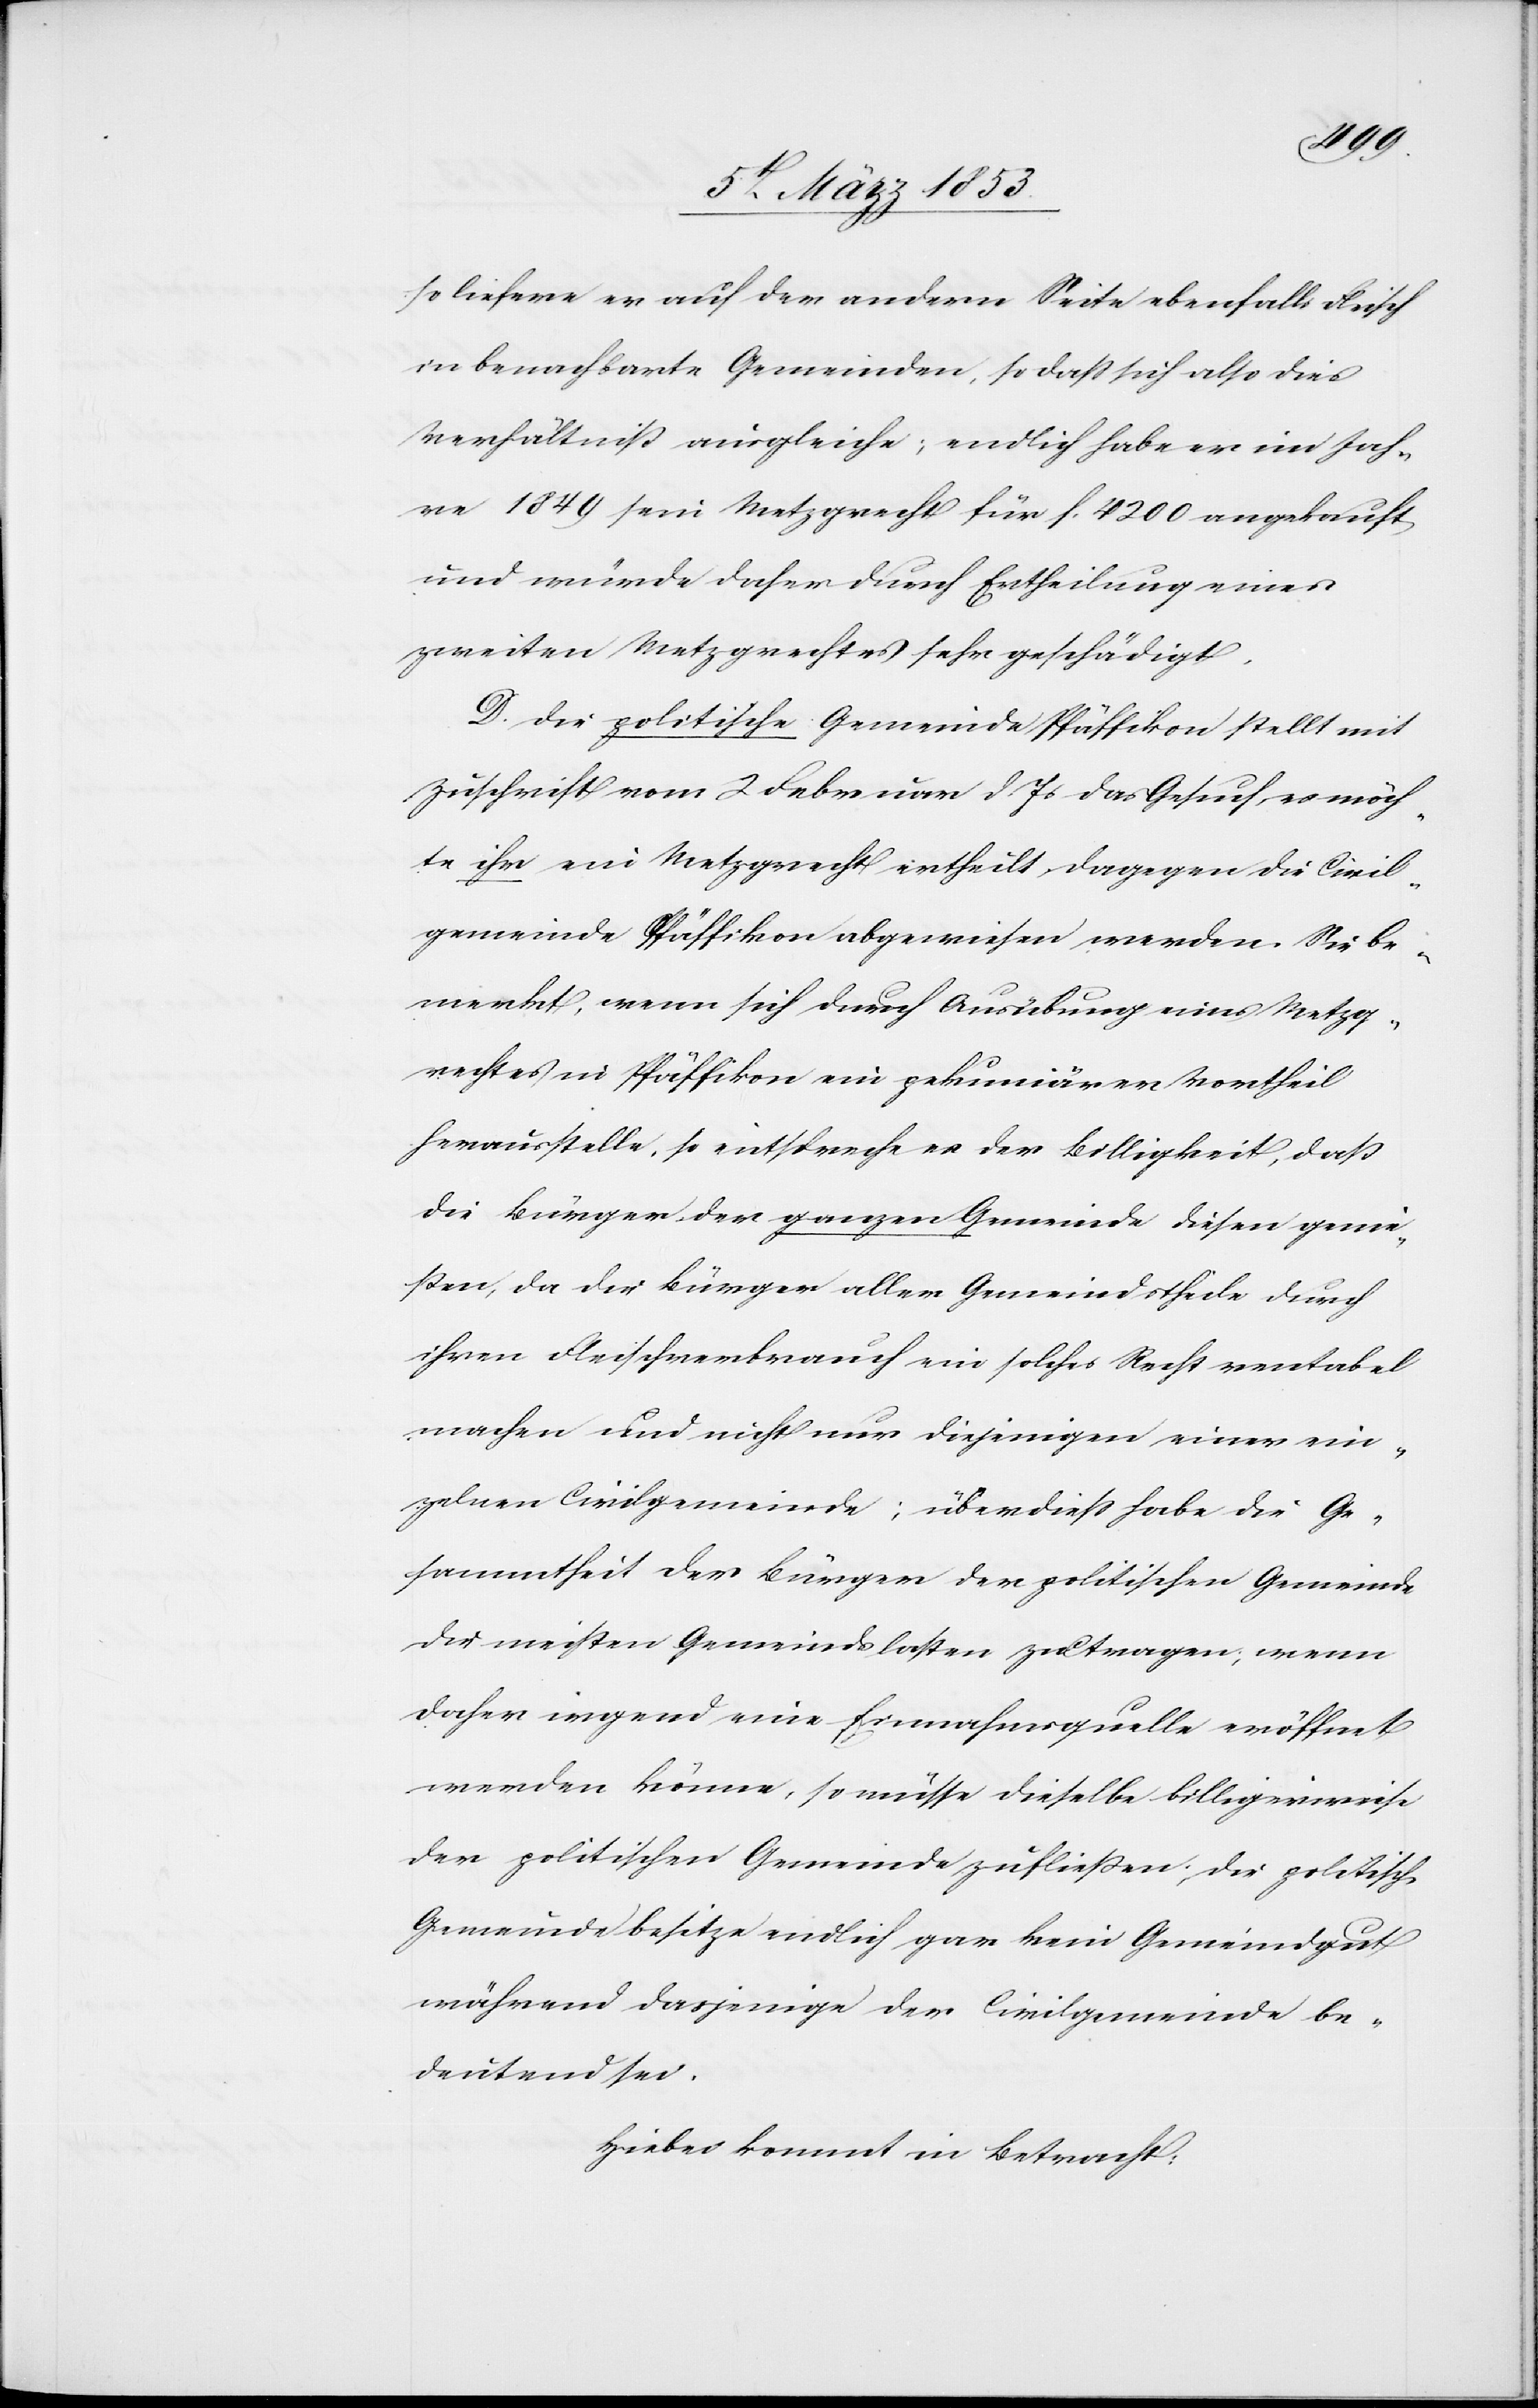
so liefere er auf der andern Seite ebenfalls Fleisch
in benachbarte Gemeinden, so daß sich also dies
Verhältniß ausgleiche; endlich habe er im Jah¬
re 1849 sein Metzgrecht für f. 4200 angekauft,
und würde daher durch Ertheilung eines
zweiten Metzgrechtes sehr geschädigt.
D. Die politische Gemeinde Pfäffikon stellt mit
Zuschrift vom 2 Februar d. Js. das Gesuch, es möch¬
te ihr ein Metzgrecht ertheilt, dagegen die Civil¬
gemeinde Pfäffikon abgewiesen werden. Sie be¬
merkt, wenn sich durch Ausübung eines Metzg¬
rechtes in Pfäffikon ein pekuniärer Vortheil
herausstelle, so entspreche er der Billigkeit, daß
die Bürger der ganzen Gemeinde diesen genie¬
ßen, da die Bürger aller Gemeindstheile durch
ihren Fleischverkauf ein solches Recht rentabel
machen und nicht nur diejenigen einen ein¬
zelnen Civilgemeinde; überdieß habe die Ge¬
sammtheit der Bürger der politischen Gemeinde
die meisten Gemeindslasten zu tragen, wenn
daher irgend eine Einnahmsquelle eröffnet
werden könne, so müsse dieselbe billigerweise
der politischen Gemeinde zufließen, die politische
Gemeinde besitze endlich gar kein Gemeindgut
während dasjenige der Civilgemeinde be¬
deutend sei.
Hiebei kommt in Betracht: